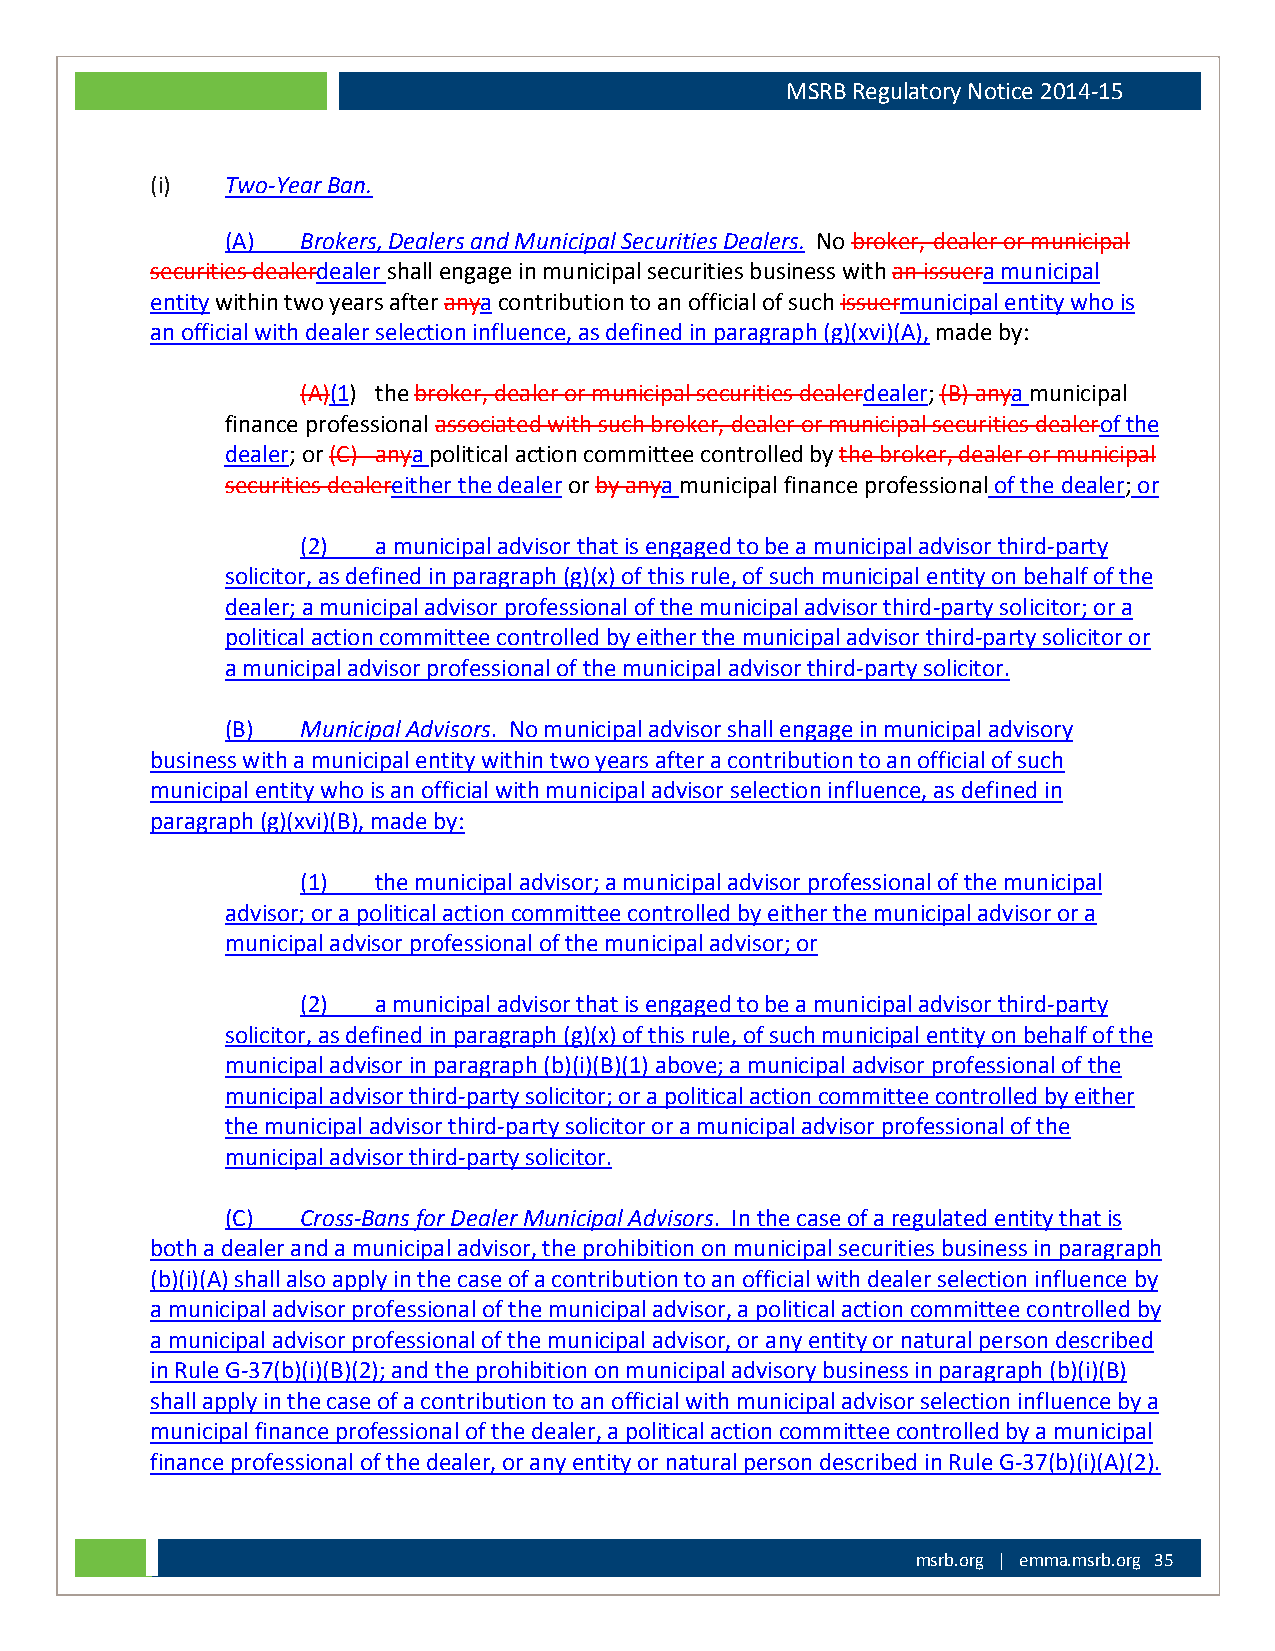
MSRB Regulatory Notice 2014-15
 (i)  Two-Year Ban.
 (A)  Brokers, Dealers and Municipal Securities Dealers. No broker,-dealer or municipal
 securities dealerdealer shall engage in municipal securities business with an issuera municipal
 entity within two years after anya contribution to an official of such issuermunicipal entity who is
 an official with dealer selection influence, as defined in paragraph (g)(xvi)(A), made by:
 (A)(1) the broker, dealer or municipal securities dealerdealer; (B) anya municipal
 finance professional associated with such broker, dealer or municipal securities dealerof the
 dealer; or (C) anya political action committee controlled by the broker, dealer or municipal
 securities dealereither the dealer or by anya municipal finance professional of the dealer; or
 (2)  a municipal advisor that is engaged to be a municipal advisor third-party
 solicitor, as defined in paragraph (g)(x) of this rule, of such municipal entity on behalf of the
 dealer; a municipal advisor professional of the municipal advisor third-party solicitor; or a
 political action committee controlled by either the municipal advisor third-party solicitor or
 a municipal advisor professional of the municipal advisor third-party solicitor.
 (B)  Municipal Advisors. No municipal advisor shall engage in municipal advisory
 business with a municipal entity within two years after a contribution to an official of such
 municipal entity who is an official with municipal advisor selection influence, as defined in
 paragraph (g)(xvi)(B), made by:
 (1)  the municipal advisor; a municipal advisor professional of the municipal
 advisor; or a political action committee controlled by either the municipal advisor or a
 municipal advisor professional of the municipal advisor; or
 (2)  a municipal advisor that is engaged to be a municipal advisor third-party
 solicitor, as defined in paragraph (g)(x) of this rule, of such municipal entity on behalf of the
 municipal advisor in paragraph (b)(i)(B)(1) above; a municipal advisor professional of the
 municipal advisor third-party solicitor; or a political action committee controlled by either
 the municipal advisor third-party solicitor or a municipal advisor professional of the
 municipal advisor third-party solicitor.
 (C)  Cross-Bans for Dealer Municipal Advisors. In the case of a regulated entity that is
 both a dealer and a municipal advisor, the prohibition on municipal securities business in paragraph
 (b)(i)(A) shall also apply in the case of a contribution to an official with dealer selection influence by
 a municipal advisor professional of the municipal advisor, a political action committee controlled by
 a municipal advisor professional of the municipal advisor, or any entity or natural person described
 in Rule G-37(b)(i)(B)(2); and the prohibition on municipal advisory business in paragraph (b)(i)(B)
 shall apply in the case of a contribution to an official with municipal advisor selection influence by a
 municipal finance professional of the dealer, a political action committee controlled by a municipal
 finance professional of the dealer, or any entity or natural person described in Rule G-37(b)(i)(A)(2).
 msrb.org | emma.msrb.org 35